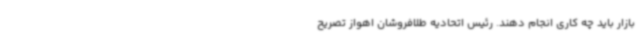
بازار باید چه کاری انجام دهند. رئیس اتحادیه طلافروشان اهواز تصریح